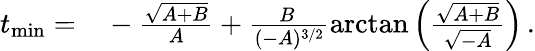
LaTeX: \begin{array}{rl}{t_{\mathrm{min}}=}&{{}-\frac{\sqrt{A+B}}{A}+\frac{B\, }{(-A)^{3/2}}\mathrm{arctan}\left(\frac{\sqrt{A+B}}{\sqrt{-A}}\right)\, .}\end{array}